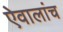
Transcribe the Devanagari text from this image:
ऐवालांच